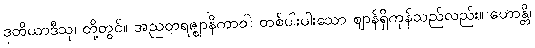
ဒုတိယာဒီသု၊ တို့တွင်။ အညတရဇ္ဈာနိကာဝါ၊ တစ်ပါးပါးသော ဈာန်ရှိကုန်သည်လည်း။ ဟောန္တိ၊